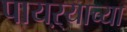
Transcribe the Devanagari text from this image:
पायऱ्याच्या